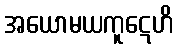
အယောမယကူဋေဟိ